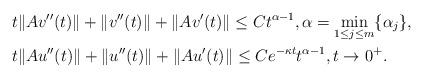
LaTeX: \begin{align*} & t\|Av''(t)\| + \|v''(t)\| + \|Av'(t)\| \leq C t^{\alpha-1}, \alpha=\min\limits_{1 \leq j \leq m}\{\alpha_j\}, \\ & t\|Au''(t)\| + \|u''(t)\| + \|Au'(t)\| \leq C e^{-\kappa t}t^{\alpha-1}, t \rightarrow 0^{+}. \end{align*}